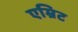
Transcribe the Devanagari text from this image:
एम्रिट